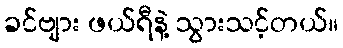
ခင်ဗျား ဖယ်ရီနဲ့ သွားသင့်တယ်။